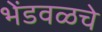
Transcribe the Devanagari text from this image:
भेंडवळचे